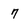
Character: 7